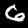
Label: 6